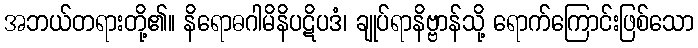
အဘယ်တရားတို့၏။ နိရောဓဂါမိနိပဋိပဒံ၊ ချုပ်ရာနိဗ္ဗာန်သို့ ရောက်ကြောင်းဖြစ်သော